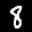
Label: 8